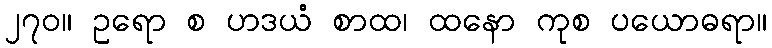
၂၇၀။ ဥရော စ ဟဒယံ စာထ၊ ထနော ကုစ ပယောဓရာ။